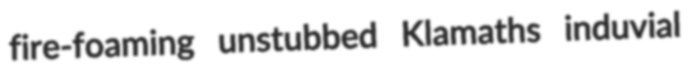
fire-foaming unstubbed Klamaths induvial